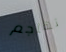
تهاجم